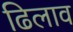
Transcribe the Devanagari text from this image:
ढिलाव